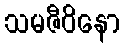
သမဇီဝိနော